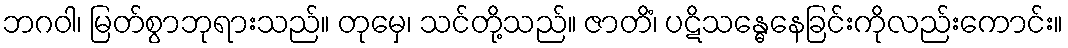
ဘဂဝါ၊ မြတ်စွာဘုရားသည်။ တုမှေ၊ သင်တို့သည်။ ဇာတိံ၊ ပဋိသန္ဓေနေခြင်းကိုလည်းကောင်း။